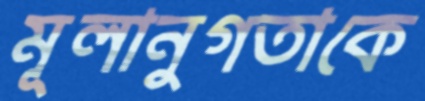
মূলানুগতাকে